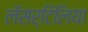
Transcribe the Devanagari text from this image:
लॅसर्टिलिया